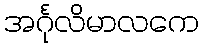
အင်္ဂုလိမာလကေ